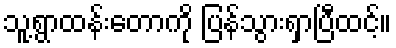
သူ့ရွာထန်းတောကို ပြန်သွားရှာပြီထင့်။